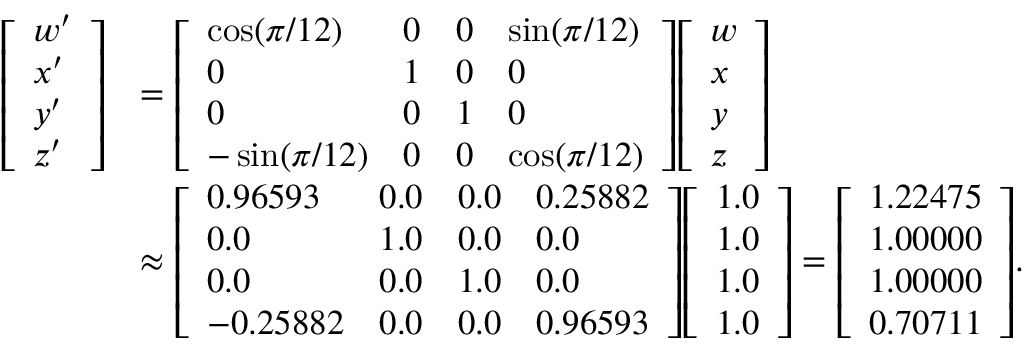
{ \begin{array} { r l } { { \left[ \begin{array} { l } { w ^ { \prime } } \\ { x ^ { \prime } } \\ { y ^ { \prime } } \\ { z ^ { \prime } } \end{array} \right] } } & { = { \left[ \begin{array} { l l l l } { \cos ( \pi / 1 2 ) } & { 0 } & { 0 } & { \sin ( \pi / 1 2 ) } \\ { 0 } & { 1 } & { 0 } & { 0 } \\ { 0 } & { 0 } & { 1 } & { 0 } \\ { - \sin ( \pi / 1 2 ) } & { 0 } & { 0 } & { \cos ( \pi / 1 2 ) } \end{array} \right] } { \left[ \begin{array} { l } { w } \\ { x } \\ { y } \\ { z } \end{array} \right] } } \\ & { \approx { \left[ \begin{array} { l l l l } { 0 . 9 6 5 9 3 } & { 0 . 0 } & { 0 . 0 } & { 0 . 2 5 8 8 2 } \\ { 0 . 0 } & { 1 . 0 } & { 0 . 0 } & { 0 . 0 } \\ { 0 . 0 } & { 0 . 0 } & { 1 . 0 } & { 0 . 0 } \\ { - 0 . 2 5 8 8 2 } & { 0 . 0 } & { 0 . 0 } & { 0 . 9 6 5 9 3 } \end{array} \right] } { \left[ \begin{array} { l } { 1 . 0 } \\ { 1 . 0 } \\ { 1 . 0 } \\ { 1 . 0 } \end{array} \right] } = { \left[ \begin{array} { l } { 1 . 2 2 4 7 5 } \\ { 1 . 0 0 0 0 0 } \\ { 1 . 0 0 0 0 0 } \\ { 0 . 7 0 7 1 1 } \end{array} \right] } . } \end{array} }